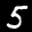
Label: 5